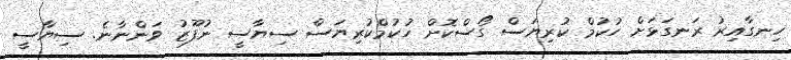
ހިނގާއިރު ރަނގަޅަށް ހުކުމް ކުރިޔަސް ގޯސްކޮށް ހުކުމްކުރިޔަސް ސިޔާސީ ނުފޫޒު ވަންނާނެ. ސިޔާސީ